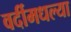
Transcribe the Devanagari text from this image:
वर्दीमधल्या